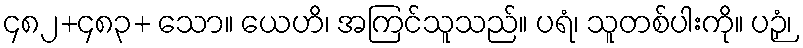
၄၈၂+၄၈၃+ သော။ ယေဟိ၊ အကြင်သူသည်။ ပရံ၊ သူတစ်ပါးကို။ ပဉှံ၊